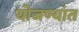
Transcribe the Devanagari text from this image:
योजण्यांत